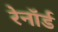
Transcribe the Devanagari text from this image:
रेनॉर्ड